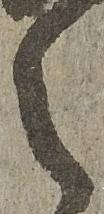
之